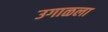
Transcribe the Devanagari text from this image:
उगाळला